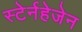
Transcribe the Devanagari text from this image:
स्टेर्नहेजेन